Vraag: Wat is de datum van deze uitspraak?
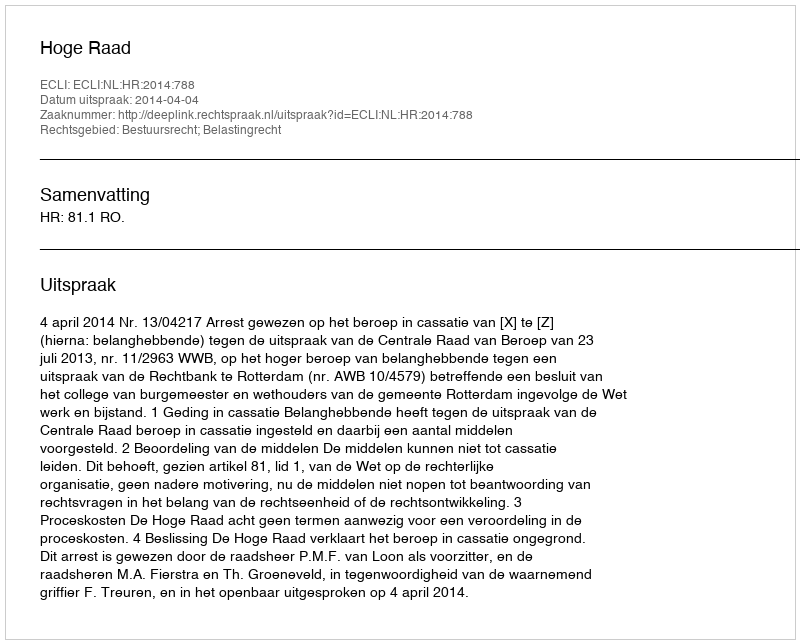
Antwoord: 2014-04-04